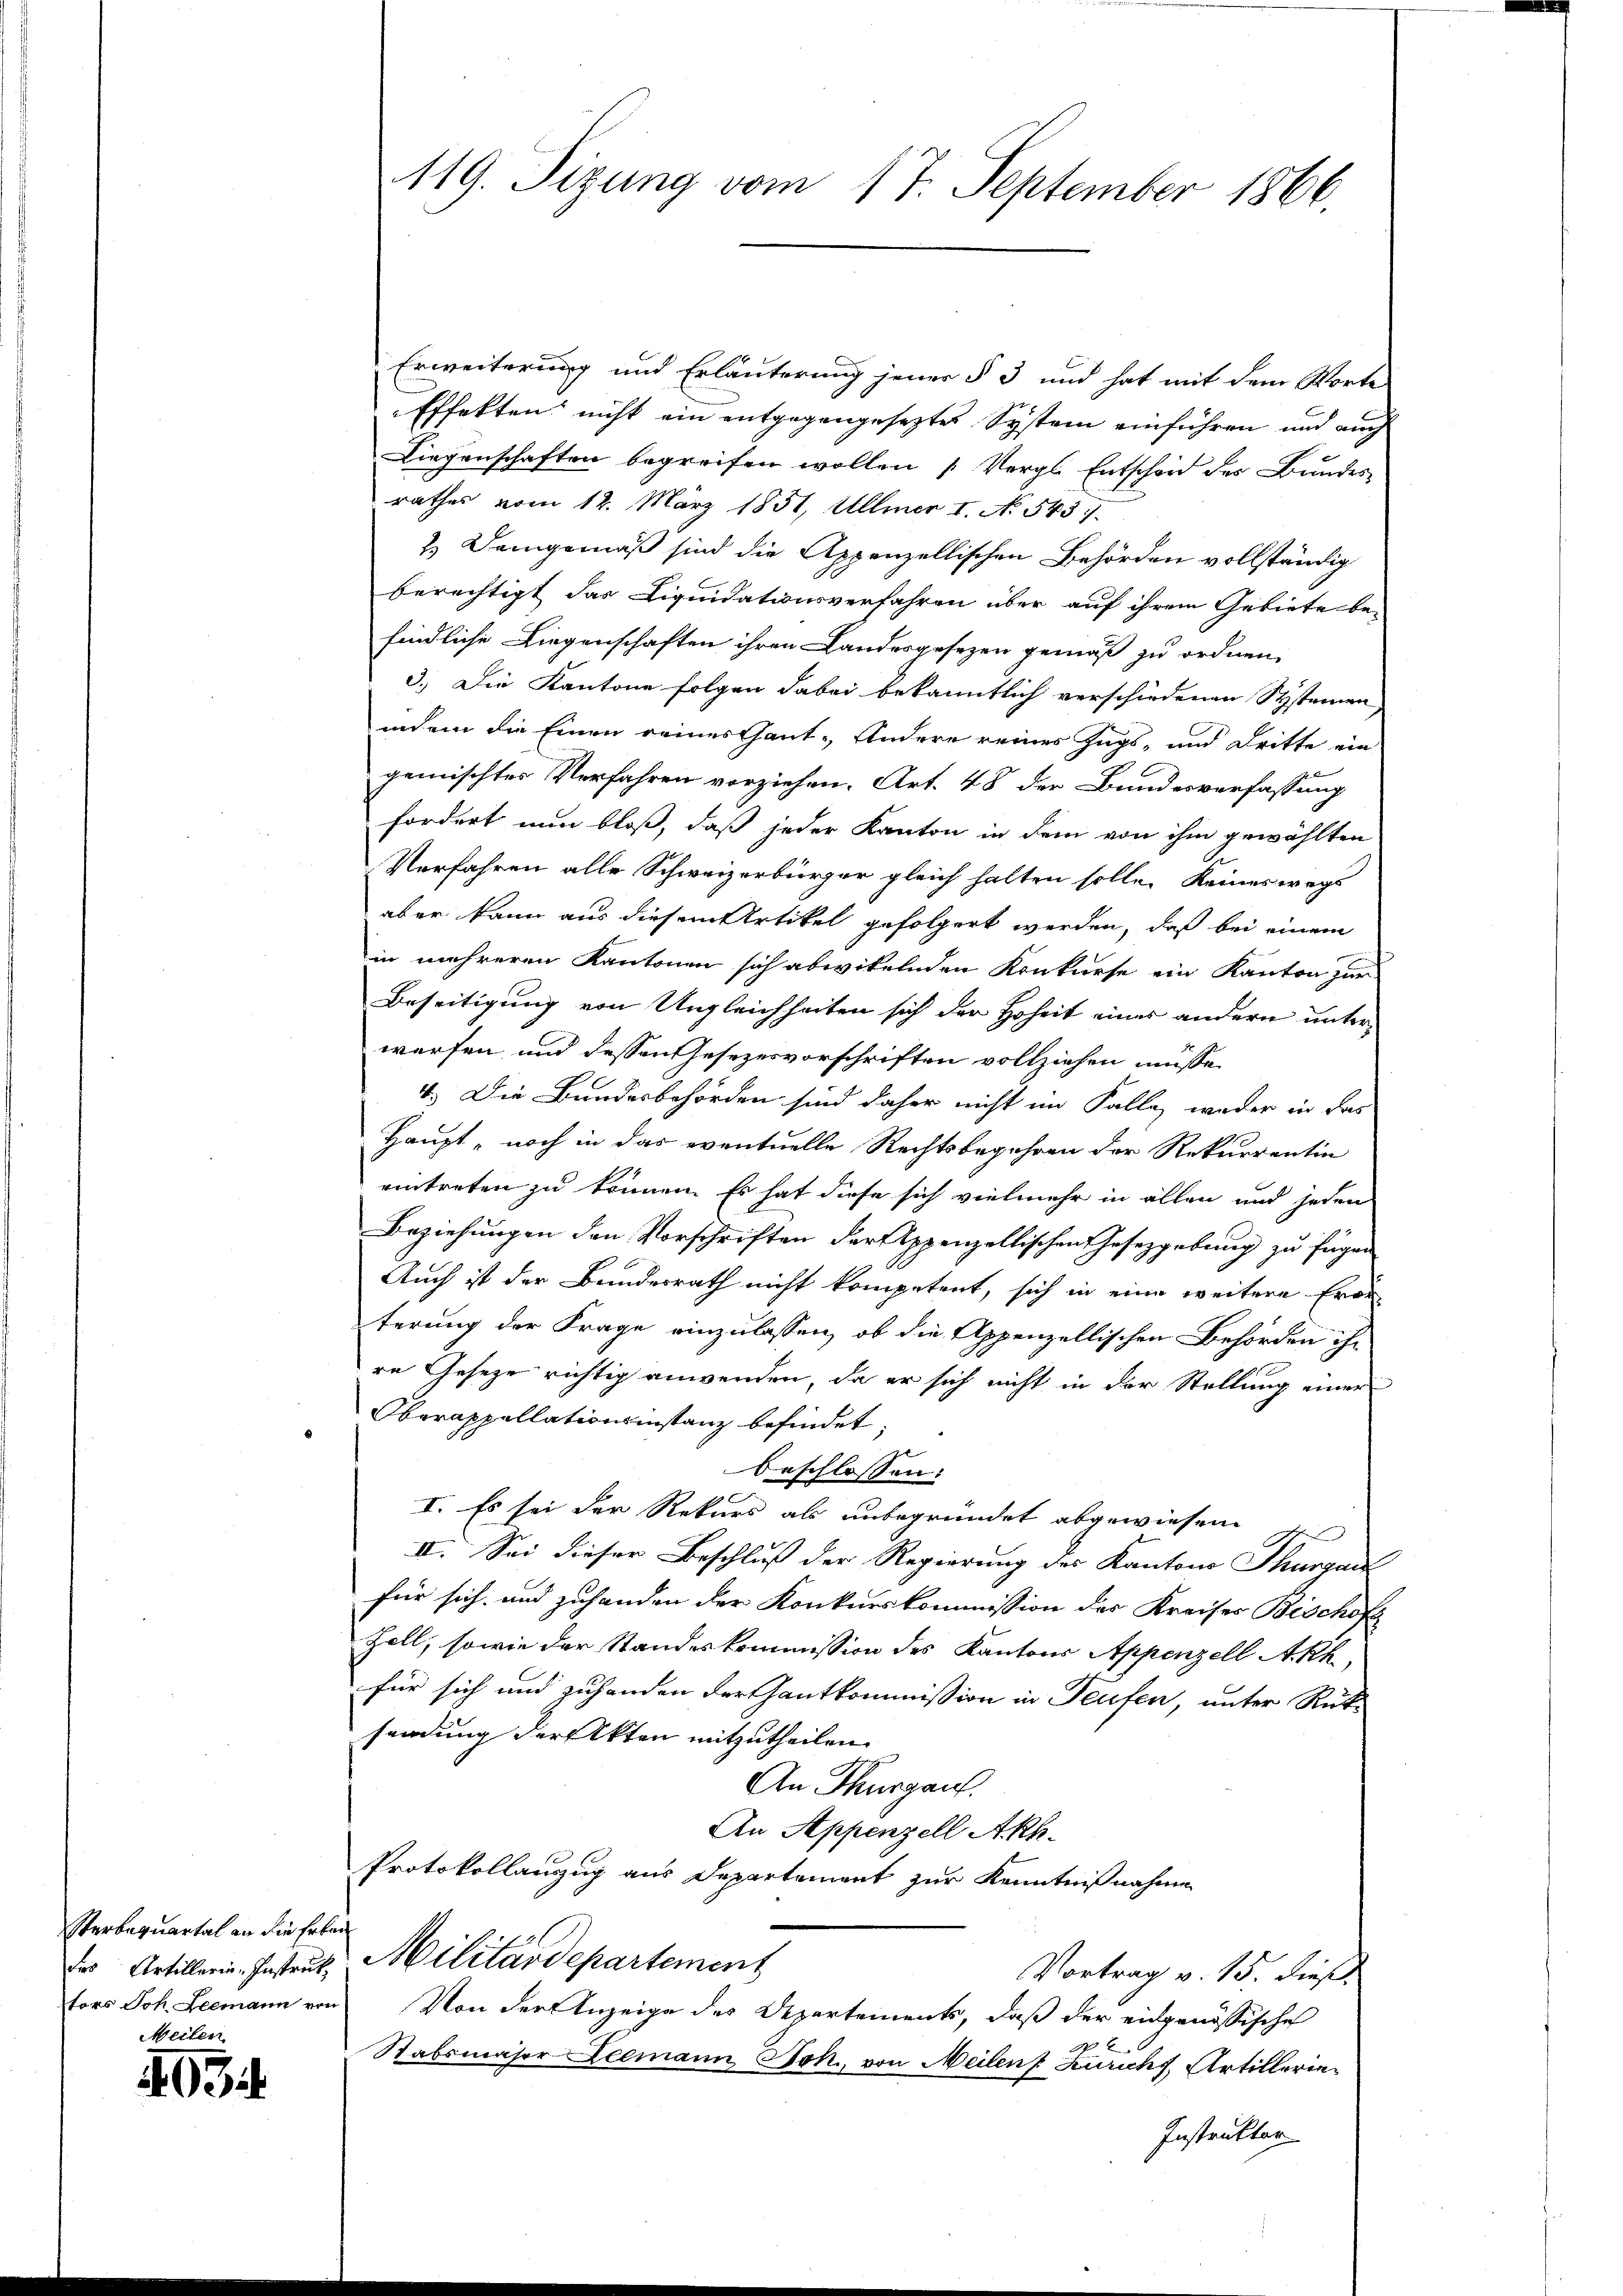
Sterbequartal an die Erben
Meilen

4034

119. Sizung vom 17. September 1866.

Erweiterung und Erläuterung jener § 3 und hat mit dem Worte
Effekten nicht ein entgegengesetztes System einführen und auch
Liegenschaften begreifen wollen „Vergl. Entscheid des Bundes
rathes vom 12. März 1851, Mllmer 1. No 543.
2.) Demgemäß sind die Appenzellischen Behörden vollständig
berechtigt das Liquidationsverfahren über auf ihrem Gebiete be-
findliche Liegenschaften ihren Landesgesezen gemäß zu ordnen.
3.) Die Kantone folgen dabei bekanntlich verschiedenen Systeinen,
indem die Einen reines Gant- Andere reines Zugs- und Dritte ein
gemischtes Verfahren vorziehen. Art. 48 der Bundesverfassung
fordert nun bloß, daß jeder Kanton in dem von ihm gewählten
Verfahren alle Schweizerbürger gleich halten solle. Keineswegs
aber kann aus diesem Artikel gefolgert werden, daß bei einem
in mehreren Kantonen sich abwikelnden Konkurse ein Kanton zur
Beseitigung von Ungleichheiten sich der Hoheit eines andern unterwerfen und dessen Gesezesvorschriften vollziehen müsse,
4.) Die Bundesbehörden sind daher nicht im Falle, weder in das
Haupt, noch in das eventuelle Rechtsbegehren der Rekurrentin
eintreten zu können. Es hat diese sich vielmehr in allen und jeden
Beziehungen den Vorschriften der Appenzellischen Gesetzgebung zu fügen
Auch ist der Bundesrath nicht kompetent, sich in eine weitere Erör
terung der Frage einzulassen, ob die Appenzellischen Behörden ihr
re Geseze richtig anwenden, da er sich nicht in der Stellung einer
Oberappellationsinstanz befindet,
beschlossen:
I. Es sei der Rekurs als unbegründet abgewiesene he
II. Sei dieser Beschluß der Regierung des Kantons Thurgau
für sich und zuhanden der Konkurskommission der Kreises Bischof
Zoll, sowie der Standeskommission des Kantons Appenzell Akk
für sich und zuhanden der Hantkommission in Teufen, unter Rück-
sendung der Akten mitzutheilen.
An Thurgau.
An Appenzell Akh.
Protokollanzug aus Departement zur Kenntnißnahmen
des Artillerin. Instrut Militärdepartement
Vortrag v. 15. dieß,
tors Joh. Leemann von Von der Anzeige des Departements, daß der eidgenössische
2
Stabsmaser Leemann Joh. von Meilen Zürich, Artillerie¬
Instruktor